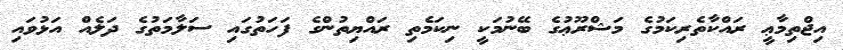
އިޖްތިމާޢީ ރައްކާތެރިކަމުގެ މަޝްރޫޢުގެ ބޭނުމަކީ ނިކަމެތި ރައްޔިތުންގެ ފަހަތުގައި ސަލާމަތުގެ ދަލެއް އަޅުވައި